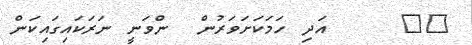
١٤     އަދި ހަމަކަށަވަރުން  ންވަނީ ނަރަކައިގައިކަން